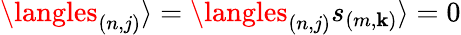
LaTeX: \langles_{(n,j)}\rangle=\langles_{(n,j)}s_{(m,\mathbf{k})}\rangle=0